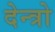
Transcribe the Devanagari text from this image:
देन्त्रो